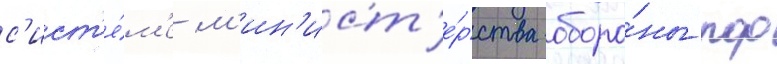
с'ист'е́м'е м'ин'ист'е́рства оборо́ны рф